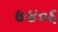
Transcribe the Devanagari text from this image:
७४०६